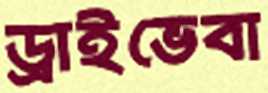
ড্রাইভেবা